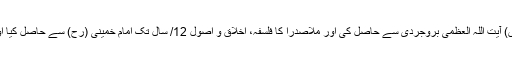
شہید مطہری نے حوزہ علمیہ قم میں اپنے 15/ سالہ قیام کے دوران (فقہ و اصول میں) آیت اللہ العظمی بروجردی سے حاصل کی اور ملاصدرا کا فلسفہ، اخلاق و اصول 12/ سال تک امام خمینی (رح) سے حاصل کیا اور علامہ سید محمد حسین طباطبائی سے الہیات ابو علی سینا اور دیگر دروس پڑھے۔